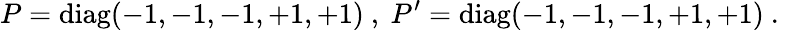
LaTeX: P=\mathrm{diag}(-1,-1,-1,+1,+1)~,~P^{\prime}=\mathrm{diag}(-1,-1,-1,+1,+1)~.~\,